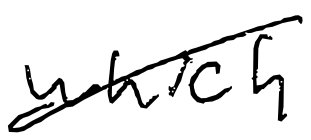
Text: which
Cross-out: mix
Writing tool: digital_black